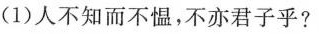
(1)人不知而不愠，不亦君子乎?